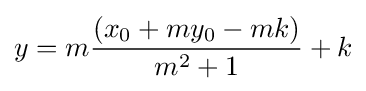
y=m{\frac {(x_{0}+my_{0}-mk)}{m^{2}+1}}+k